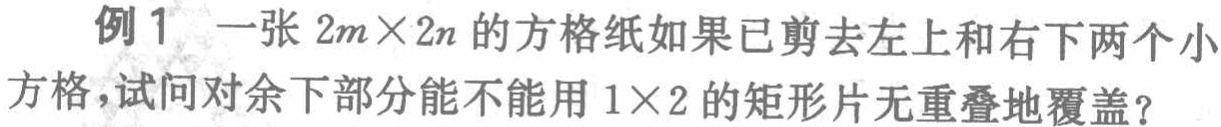
例1 一张 \(2m\times2n\) 的方格纸如果已剪去左上和右下两个小方格，试问对余下部分能不能用 \(1\times2\) 的矩形片无重叠地覆盖？